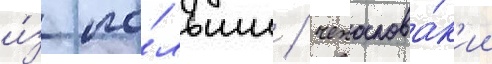
и́з по́льши / чехослова́к'ии